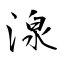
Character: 湶